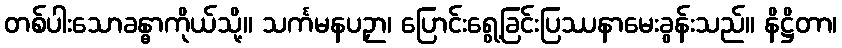
တစ်ပါးသောခန္ဓာကိုယ်သို့။ သင်္ကမနပဉှာ၊ ပြောင်းရွေ့ခြင်းပြဿနာမေးခွန်းသည်။ နိဋ္ဌိတာ၊